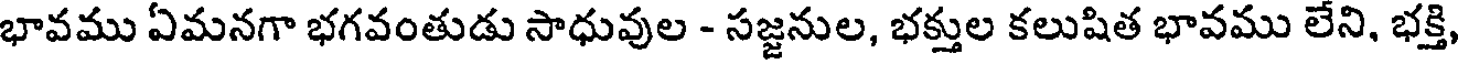
భావము ఏమనగా భగవంతుడు సాధువుల - సజ్జనుల, భక్తుల కలుషిత భావము లేని, భక్తి,